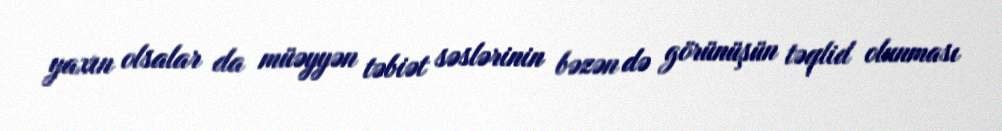
yaxın olsalar da müəyyən təbiət səslərinin bəzən də görünüşün təqlid olunması